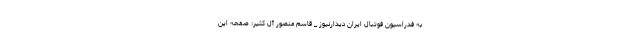
به فدراسیون فوتبال ایران دیدارنیوز _ قاسم منصور آل کثیر: صفحه این